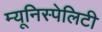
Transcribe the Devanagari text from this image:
म्यूनिस्पेलिटी